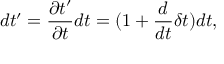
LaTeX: d t ^ { \prime } = \frac { \partial t ^ { \prime } } { \partial t } d t = ( 1 + \frac { d } { d t } \delta t ) d t ,